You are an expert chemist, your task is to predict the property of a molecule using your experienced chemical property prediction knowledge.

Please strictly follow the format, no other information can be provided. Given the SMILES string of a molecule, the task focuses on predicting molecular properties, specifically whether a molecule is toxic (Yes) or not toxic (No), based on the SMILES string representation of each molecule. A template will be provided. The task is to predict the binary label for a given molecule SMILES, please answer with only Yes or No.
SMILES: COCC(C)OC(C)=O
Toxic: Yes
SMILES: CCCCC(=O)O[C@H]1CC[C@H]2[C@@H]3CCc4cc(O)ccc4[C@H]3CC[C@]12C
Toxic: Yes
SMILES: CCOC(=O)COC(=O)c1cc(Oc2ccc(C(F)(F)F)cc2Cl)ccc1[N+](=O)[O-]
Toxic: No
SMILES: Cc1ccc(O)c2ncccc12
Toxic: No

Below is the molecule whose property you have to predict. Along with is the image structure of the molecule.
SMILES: Cc1ccccc1OCC(O)CO
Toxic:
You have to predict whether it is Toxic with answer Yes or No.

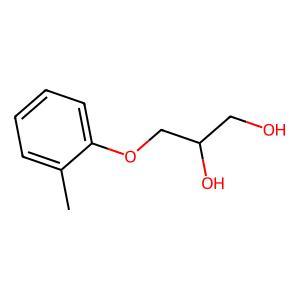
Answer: No